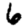
Digit: 6